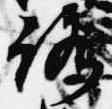
路